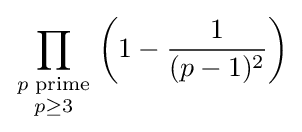
\prod _{\textstyle {p\;{\rm {prime}} \atop p\geq 3}}\left(1-{\frac {1}{(p-1)^{2}}}\right)